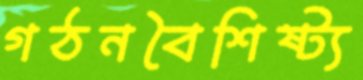
গঠনবৈশিষ্ট্য